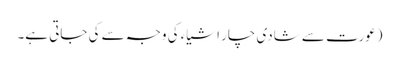
(عورت سے شادی چار اشیاء کی وجہ سے کی جاتی ہے۔